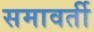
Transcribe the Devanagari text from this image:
समावर्ती